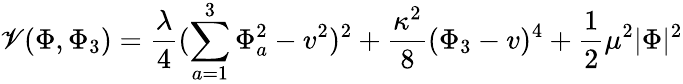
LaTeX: \mathscr{V}(\Phi,\Phi_{3})={\frac{{\lambda}}{{4}}}(\sum_{a=1}^{3}\Phi_{a}^{2}-v^{2})^{2}+{\frac{{\kappa^{2}}}{{8}}}(\Phi_{3}-v)^{4}+{\frac{{1}}{{2}}}\mu^{2}|\Phi|^{2}